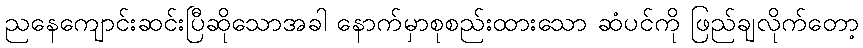
ညနေကျောင်းဆင်းပြီဆိုသောအခါ နောက်မှာစုစည်းထားသော ဆံပင်ကို ဖြည်ချလိုက်တော့